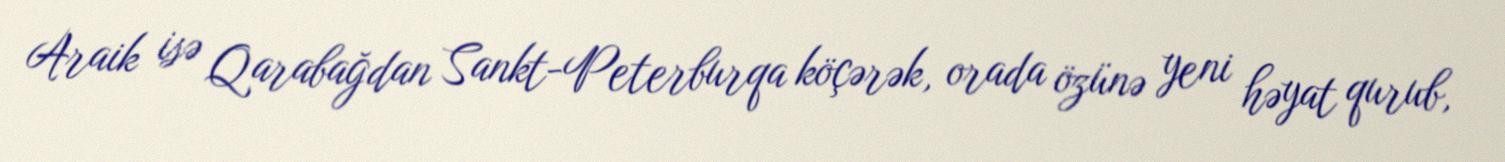
Araik isə Qarabağdan Sankt-Peterburqa köçərək, orada özünə yeni həyat qurub,